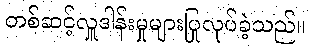
တစ်ဆင့်လှူဒါန်းမှုများပြုလုပ်ခဲ့သည်။